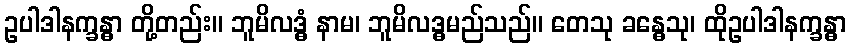
ဥပါဒါနက္ခန္ဓာ တို့တည်း။ ဘူမိလဒ္ဓံ နာမ၊ ဘူမိလဒ္ဓမည်သည်။ တေသု ခန္ဓေသု၊ ထိုဥပါဒါနက္ခန္ဓာ